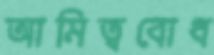
আমিত্ববোধ